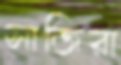
সাজিরা